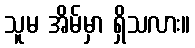
သူမ အိမ်မှာ ရှိသလား။